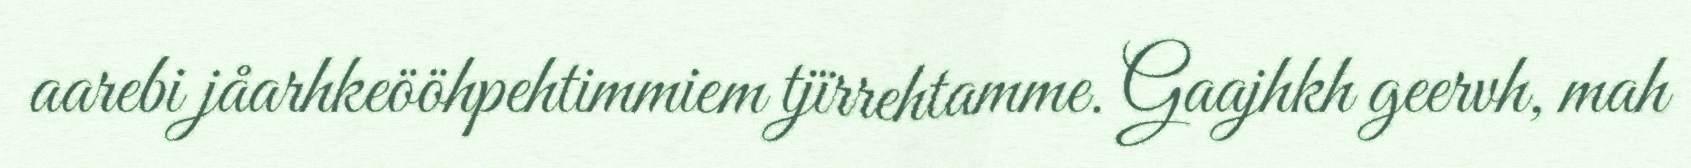
aarebi jåarhkeööhpehtimmiem tjïrrehtamme. Gaajhkh geervh, mah